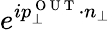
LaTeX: e^{ip_{\perp}^{\mathrm{~O~U~T~}}\cdot n_{\perp}}